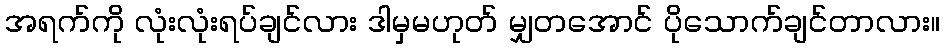
အရက်ကို လုံးလုံးရပ်ချင်လား ဒါမှမဟုတ် မျှတအောင် ပိုသောက်ချင်တာလား။